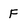
Character: F